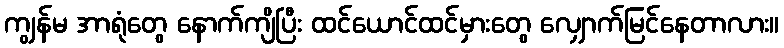
ကျွန်မ အာရုံတွေ နောက်ကျိပြီး ထင်ယောင်ထင်မှားတွေ လျှောက်မြင်နေတာလား။